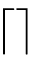
\left\lceil \right\rceil